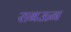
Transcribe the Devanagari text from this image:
राबऊन